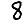
Digit: 8